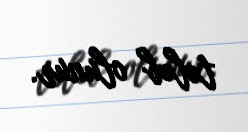
tələb olunur.